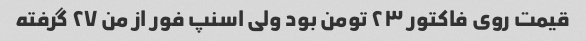
قیمت روی فاکتور ۲۳ تومن بود ولی اسنپ فور از من ۲۷ گرفته